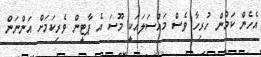
އެހެން ކަމުން ހުރިހާ ވެސް މައްސަލައަކީ މޫސަ އެ ޕާޓީން ވެރިކަމަށް އަންނަން